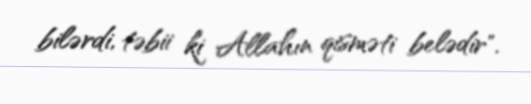
bilərdi, təbii ki Allahın qisməti belədir".